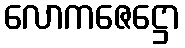
လောကဇေဋ္ဌော